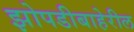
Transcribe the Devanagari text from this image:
झोपडीबाहेरील